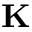
\mathbf { K }